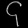
Digit: ၄